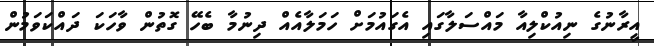
އީރާނުގެ ނިއުކްލިއާ މައްސަލާގައި އެގައުމަށް ހަމަލާއެއް ދިނުމާ ބެހޭ ގޮތުން ވާހަކަ ދައްކަވަމުން